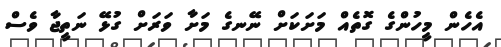
އެހެން މީހުންގެ ގޮތެއް މަށަކަށް ނޭނގެ މަށާ ވަރަށް ގުޅޭ ނަތީޖާ ވެސް